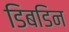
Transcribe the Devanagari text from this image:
डिबडिन